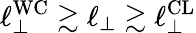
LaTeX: \ell_{\perp}^{\mathrm{WC}}\gtrsim\ell_{\perp}\gtrsim\ell_{\perp}^{\mathrm{CL}}